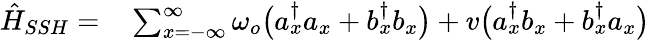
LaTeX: \begin{array}{rl}{\hat{H}_{SSH}=}&{{}\sum_{x=-\infty}^{\infty}\omega_{o}\big(a_{x}^{\dagger}a_{x}+b_{x}^{\dagger}b_{x}\big)+v\big(a_{x}^{\dagger}b_{x}+b_{x}^{\dagger}a_{x}\big)}\end{array}